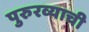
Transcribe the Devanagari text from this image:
पुरुरव्याची